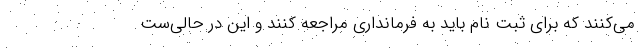
می‌کنند که برای ثبت نام باید به فرمانداری مراجعه کنند و این در حالی‌ست